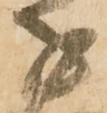
子